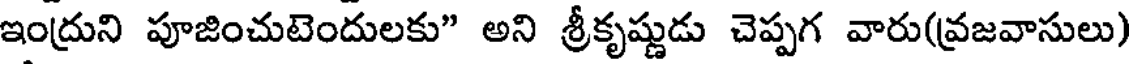
ఇంద్రుని పూజించుటెందులకు" అని శ్రీకృష్ణుడు చెప్పగ వారు(వ్రజవాసులు)